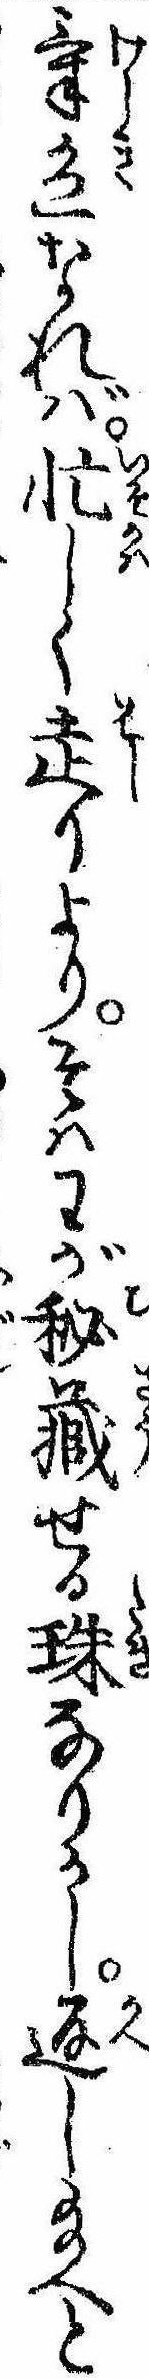
気色なれば忙しく走りよりそはわが秘蔵せる珠なりかし返し給へと